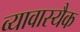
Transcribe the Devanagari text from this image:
व्यावास्यैक